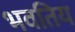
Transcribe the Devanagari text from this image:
भवतिय